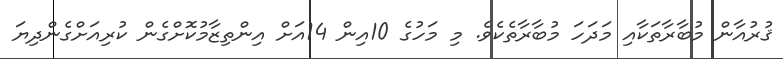
ޤުރުއާން މުބާރާތަކާއި މަދަހަ މުބާރާތެކެވެ. މި މަހުގެ 10އިން 14އަށް އިންތިޒާމުކޮށްގެން ކުރިއަށްގެންދިޔަ